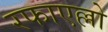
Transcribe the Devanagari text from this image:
रफाएल्लो